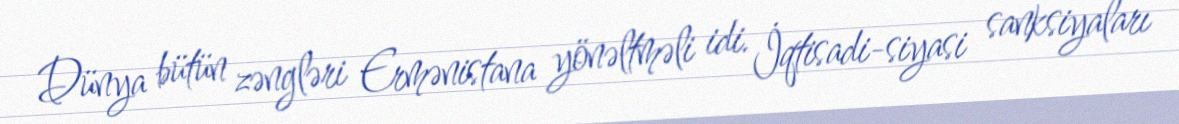
Dünya bütün zəngləri Ermənistana yönəltməli idi. İqtisadi-siyasi sanksiyaları